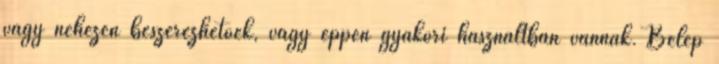
vagy nehezen beszerezhetőek, vagy éppen gyakori használtban vannak. Belép